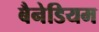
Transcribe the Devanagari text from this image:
बैनेडियम